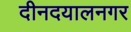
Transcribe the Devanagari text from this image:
दीनदयालनगर